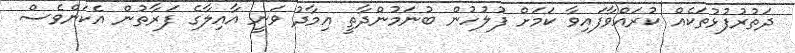
ދަތުރުފުޅުތަކެއް ކުރައްވާފައިވާ ކަމަށް ފުލުހުން ބުނަމުންދާތީ އިމާދު ވަނީ އާއިލާގެ ފަރާތުން އެކަންވެސް